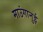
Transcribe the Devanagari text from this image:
माउंगानुई